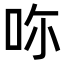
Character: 𠰚